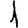
Digit: 1